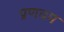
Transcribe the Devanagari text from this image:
प्रणवम